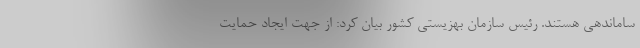
ساماندهی هستند. رئیس سازمان بهزیستی کشور بیان کرد: از جهت ایجاد حمایت